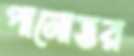
পানোত্তর